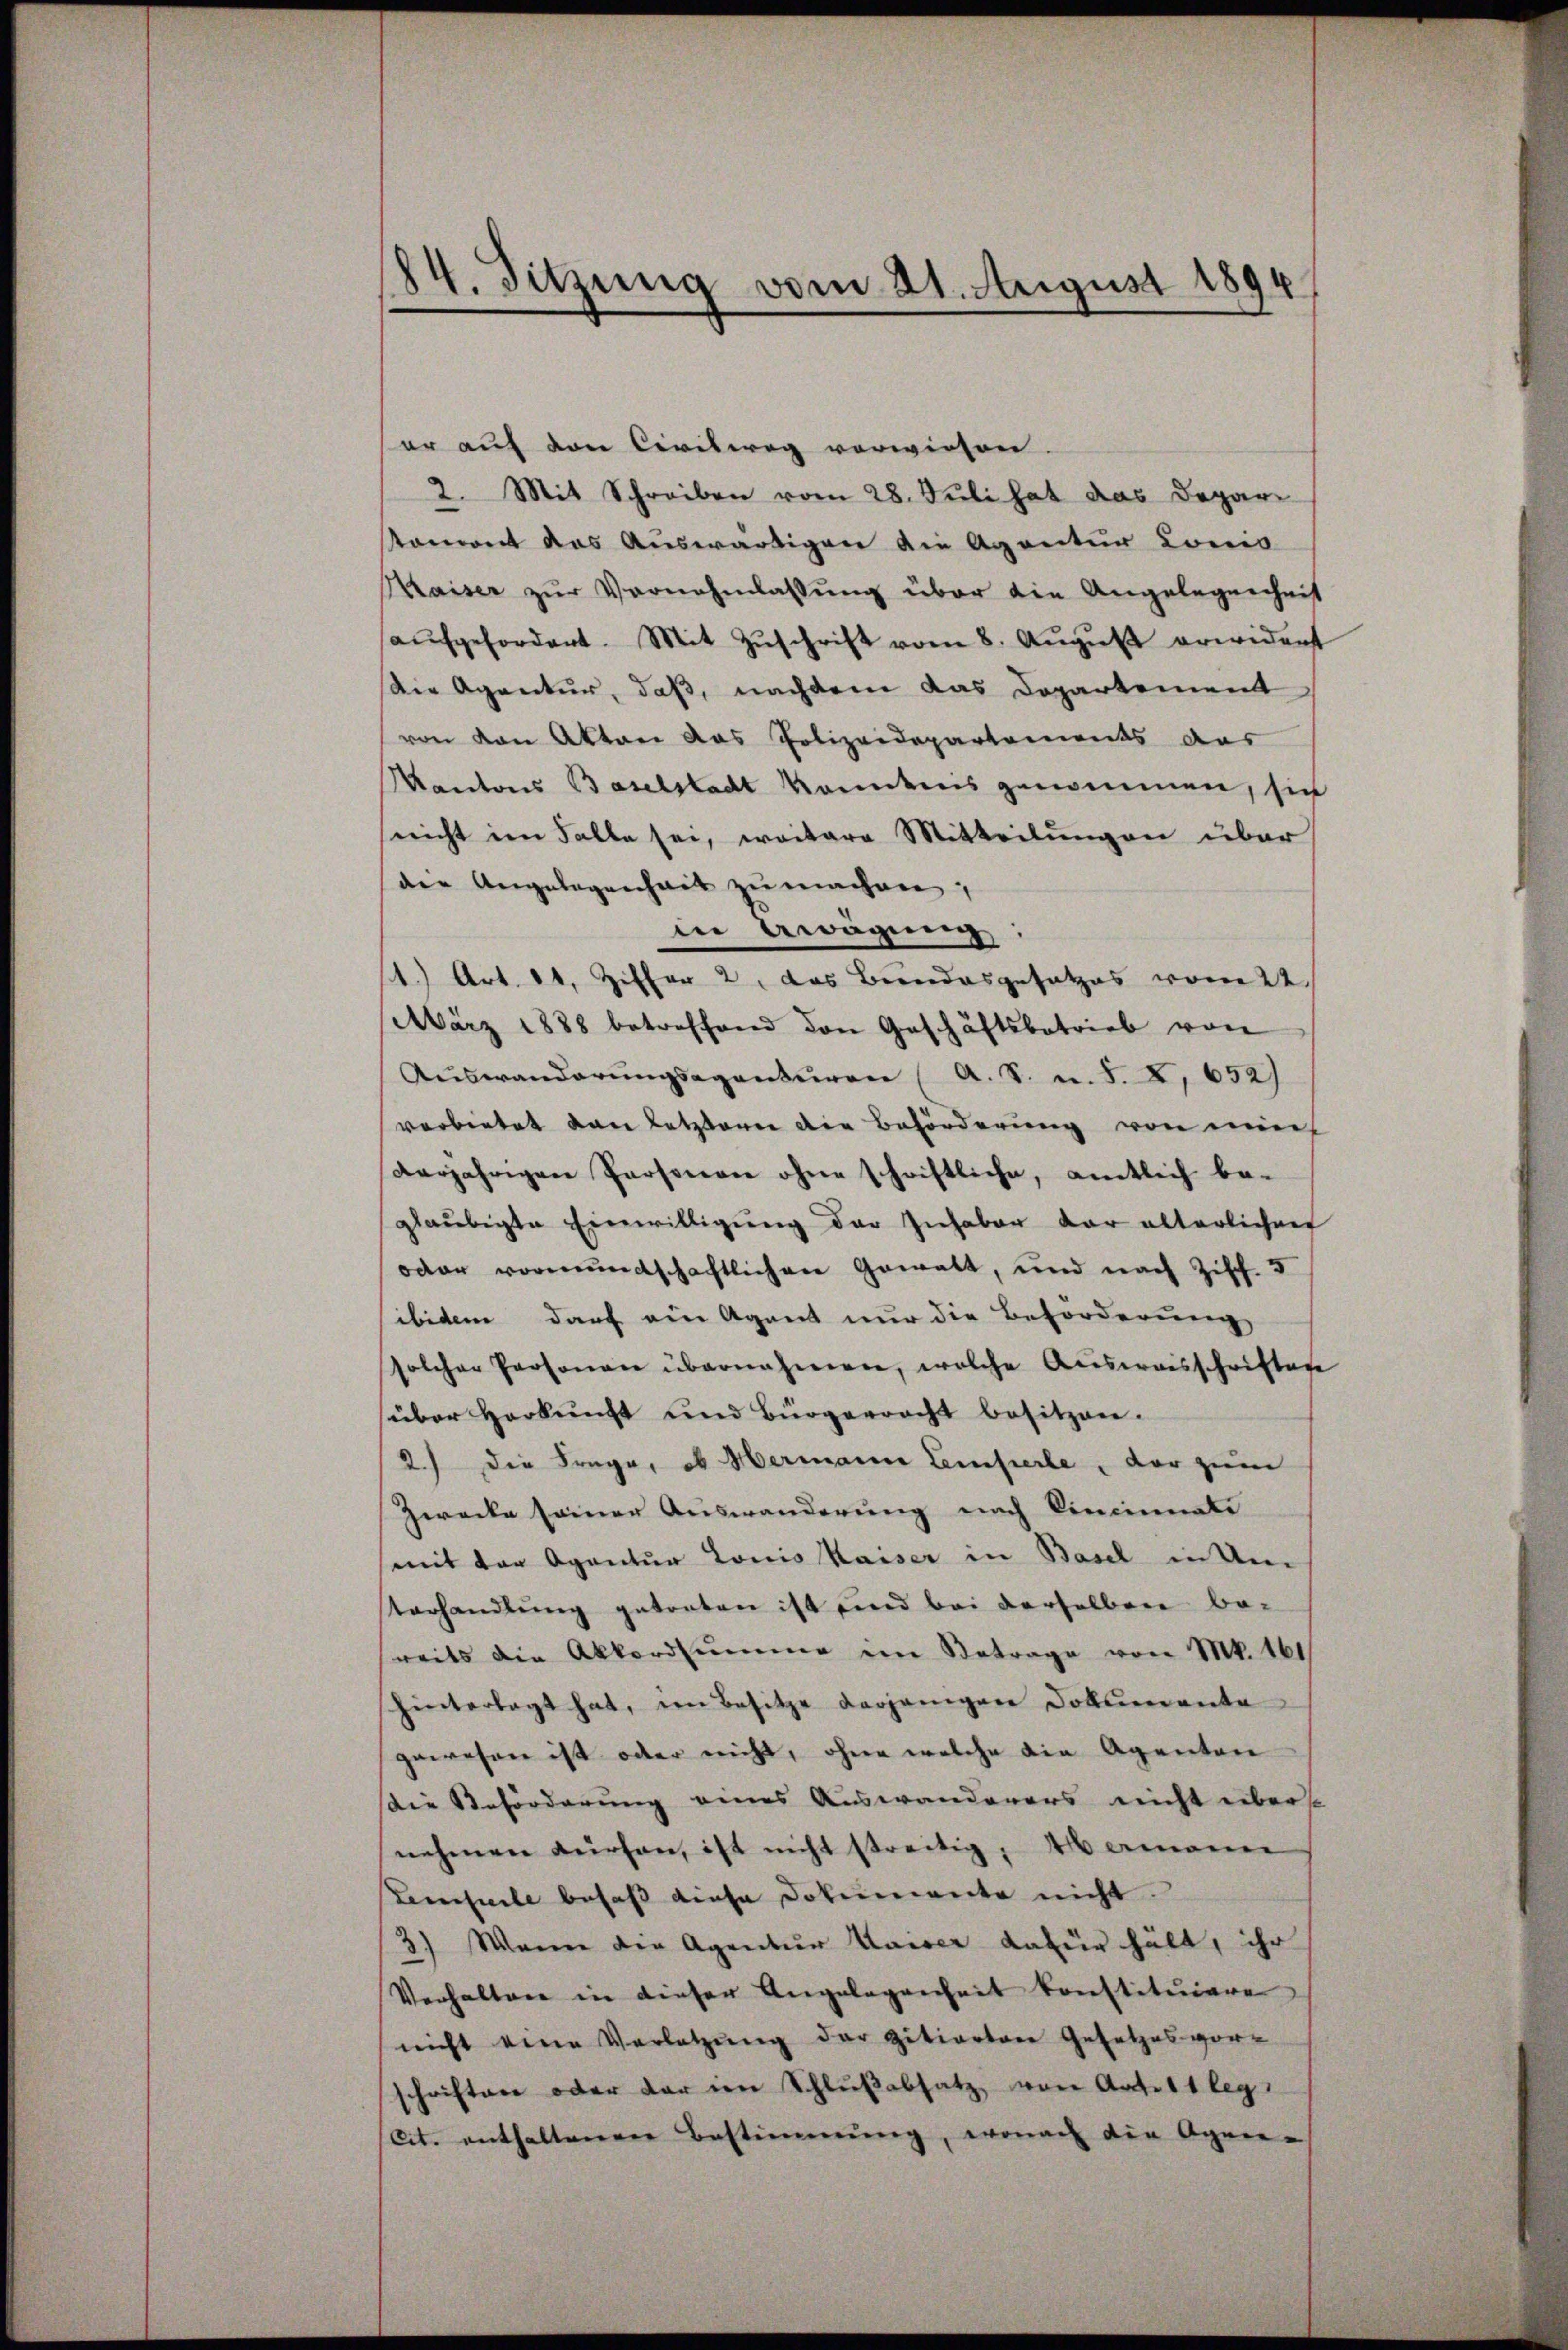
14. Sitzung vom 21. August 1894

er auf den Civilweg vorwiesen.
2. Mit Schreiben vom 28. Juli hat das Deparkoment das Auswärtigen die Agentur Louis
Maiser zur Vernehmlassung über die Angelegenheit
aŭfgefordert. Mit Zŭschrift vom 8. Aŭgŭst erwidert
Die Agentur, daß, nachdem das Departement
von von Akten das Polizeidepartements das
Kantons Baselstadt kanntnis genommen, sich
nicht im Falle sei, weitere Mitteilungen über
die Angelegenheit zu machen;
in Gwägung
1.) Art. 11, Ziffer 2, das Bundesgesetzes vom 22.
März 1888 betreffend den Geschäftsbetrieb von
Auswanderungsaganturen (A. S. u. S. X, 652)
verbietet dann letzterer die Beförderung von mi
derjährigen Personen ohne schriftliche, amtlich be-
glaubigte Einwilligung der Inhaber der alterlichen
oder vormundschaftlichen Gewalt, und nach Ziff. 5
ibidem darf ein Agent nur die Beförderung
solcher Personen übernahmen, welche Aŭsweisschriftage
süber Herkunft und Bürgerracht besitzen.
2.) Die Frage, ob Hermann Lemfierte, der zum
Zwecke seiner Auswanderung nach Vincinnate
mit der Agentur Louis Kaiser in Basel in Um
sterhandlŭng getreten ist und bei derselben be-
reits die Akkordsumme im Betrage von M. 161
hintertagt hat, in Besitze derjenigen Dokumenta
gewesen ist oder nicht, ohne welche die Agenten
Die Beförderung eines Auswanderers nicht über
nehmen dürfen, ist nicht streitig, Wermanne
Zensuite besaß diese Dokumente nicht.
3) Wenn der Agentur Waiser dafür hält, ihr
Verhalten in dieser Angelegenheit konstituiere
nicht eine Verletzung der zitierten Gesetzesvor-
schriften oder dar im Schlußabsatz von Art. 11 leg
(lit. enthaltenen Bestimmung, wonach die Agen-